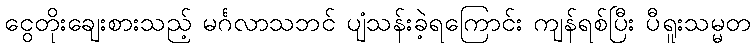
ငွေတိုးချေးစားသည့် မင်္ဂလာသဘင် ပျံသန်းခဲ့ရကြောင်း ကျန်ရစ်ပြီး ပီရူးသမ္မတ